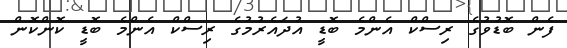
ފެން ބޮޑުވުގެ ރިސްކް އެންމެ ބޮޑީ އުދައެރުމުގެ ރިސްކް އެންމެ ބޮޑީ ކޮންކޮން